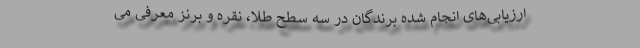
ارزیابی‌های انجام شده برندگان در سه سطح طلا، نقره و برنز معرفی می